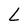
Character: L